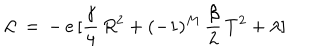
{ \cal L } \, = \, - \, e \, [ \frac { \gamma } { 4 } \, R ^ { 2 } + ( - 1 ) ^ { M } \, \frac { \beta } { 2 } \, T ^ { 2 } + \lambda ]